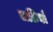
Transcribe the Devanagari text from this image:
लडियाँ